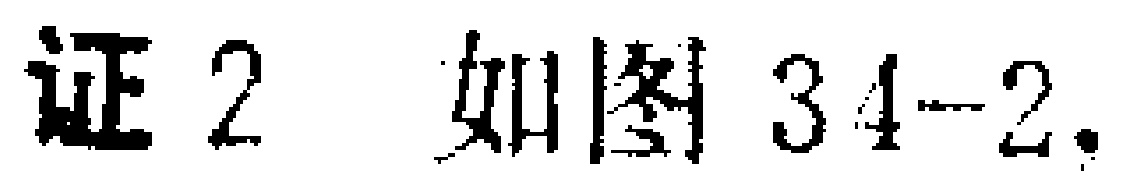
证2 如图34-2.